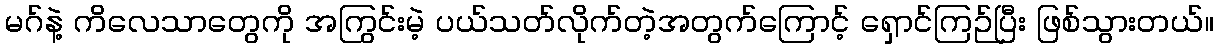
မဂ်နဲ့ ကိလေသာတွေကို အကြွင်းမဲ့ ပယ်သတ်လိုက်တဲ့အတွက်ကြောင့် ရှောင်ကြဉ်ပြီး ဖြစ်သွားတယ်။